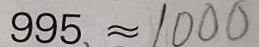
9 9 5 、 \approx 1 0 0 0